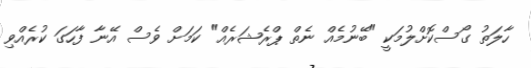
ހާލަތު ގޯސްކޮށްލުމަކީ "ބޭނުމެއް ނެތް ޕްރެޝަރެއް" ކަމަށް ވެސް އޭނާ ފާހަގަ ކުރެއްވި